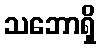
သဘောရှိ